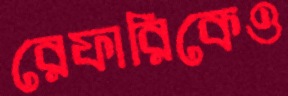
রেফারিকেও